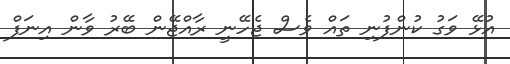
އުޅޭ ވަގު ކުންފުނި ތައް ވެސް ޖެހޭނީ ރާާއްޖޭން ބޭރު ވާން އިނަފް